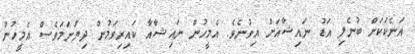
އަނެކަކަށް ބުނެލި އަޑު ނައިޝާއަށް އިވުނެވެ. އެމީހުން ނައިޝާއާ ކައިރިވަމުން ދިޔަނަަމަވެސް އެމީހުން